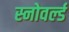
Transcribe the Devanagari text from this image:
स्नोवर्ल्ड